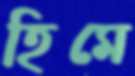
হিমে